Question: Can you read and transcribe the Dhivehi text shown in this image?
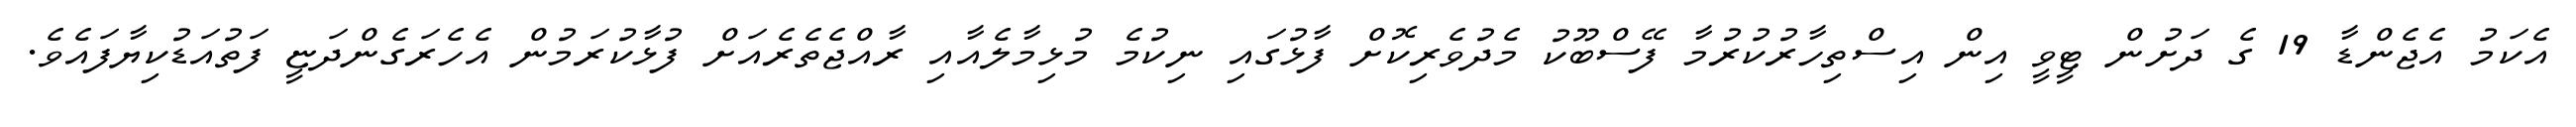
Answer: އެކަމު އެޖެންޑާ 19 ގެ ދަށުން ޓީވީ އިން އިސްތިހާރުކުރުމާ ފޭސްބޫކު މެދުވެރިކޮށް ފާޅުގައި ނިކުމެ މުޅިމާލެއާއި ރާއްޖެތެރެއަށް ފުޅާކުރަމުން އެހެރަގެންދަޏީ ފަތުއަޑުކިޔާފައެވެ.